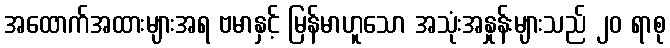
အထောက်အထားများအရ ဗမာနှင့် မြန်မာဟူသော အသုံးအနှုန်းများသည် ၂၀ ရာစု